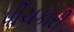
પીચકારી